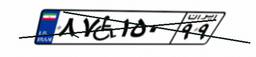
۸۷W۱۵۰۹۹